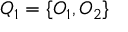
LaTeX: Q _ { 1 } = \{ O _ { 1 } , O _ { 2 } \}